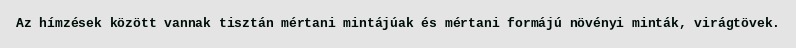
Az hímzések között vannak tisztán mértani mintájúak és mértani formájú növényi minták, virágtövek.